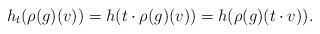
LaTeX: \begin{align*}h_t(\rho(g)(v))=h(t\cdot \rho(g)(v))=h(\rho(g)(t\cdot v)).\end{align*}